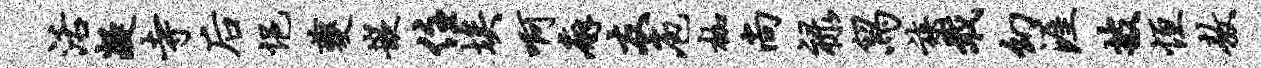
活凝寺後悒夔嵌住埃啊廨友庖枷尚禄舄族戢幻涯披恒敖